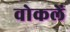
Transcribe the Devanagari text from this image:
वोकलें